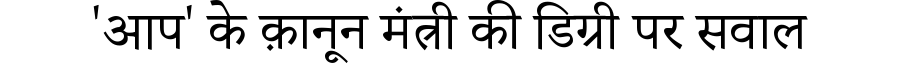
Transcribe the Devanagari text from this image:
'आप' के क़ानून मंत्री की डिग्री पर सवाल